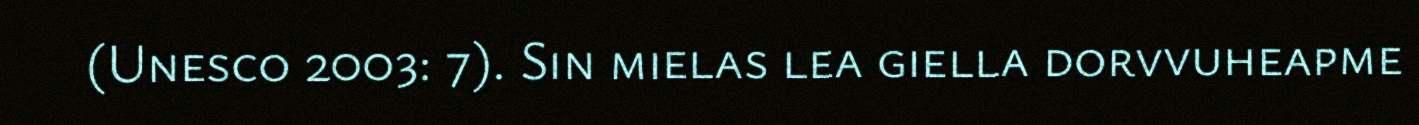
(Unesco 2003: 7). Sin mielas lea giella dorvvuheapme